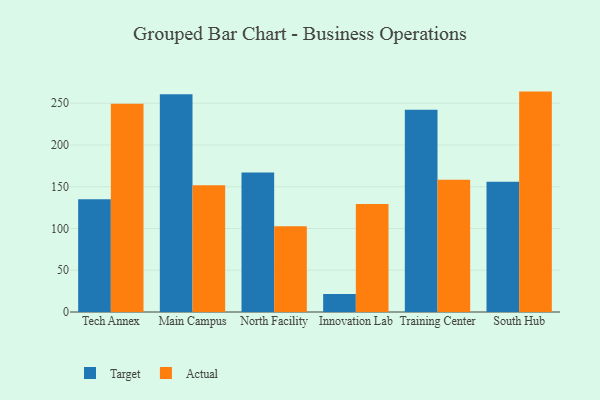
{"axis": {"x": "Campus", "y": "Budget (USD K)"}, "legend": ["Actual", "Target"], "data": [{"x": "Tech Annex", "y": 134.9, "type": "Target"}, {"x": "Tech Annex", "y": 249.3, "type": "Actual"}, {"x": "Main Campus", "y": 260.8, "type": "Target"}, {"x": "Main Campus", "y": 151.7, "type": "Actual"}, {"x": "North Facility", "y": 166.9, "type": "Target"}, {"x": "North Facility", "y": 102.7, "type": "Actual"}, {"x": "Innovation Lab", "y": 21.6, "type": "Target"}, {"x": "Innovation Lab", "y": 129.3, "type": "Actual"}, {"x": "Training Center", "y": 242.2, "type": "Target"}, {"x": "Training Center", "y": 158.5, "type": "Actual"}, {"x": "South Hub", "y": 156.1, "type": "Target"}, {"x": "South Hub", "y": 263.9, "type": "Actual"}]}